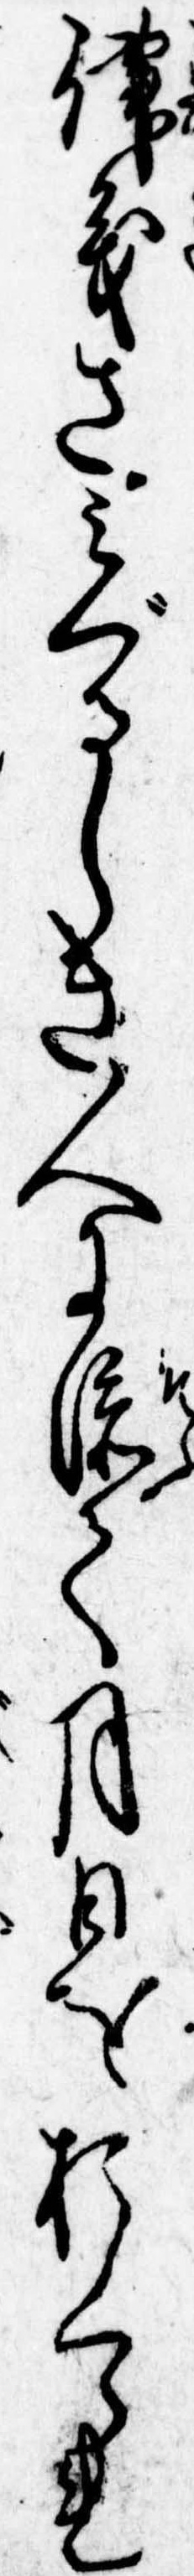
律義さみぐるしき人に添て月日をおくられ